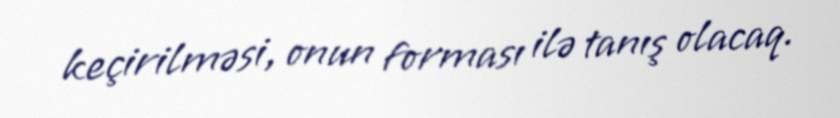
keçirilməsi, onun forması ilə tanış olacaq.